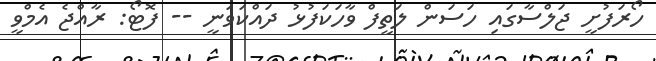
ހޯރަފުށީ ޖަލްސާގައި ހަސަން ލަތީފް ވާހަކަފުޅު ދައްކަވަނީ -- ފޮޓޯ: ރާއްޖެ އެމްވީ